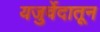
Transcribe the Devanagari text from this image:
यजुर्वेदातून